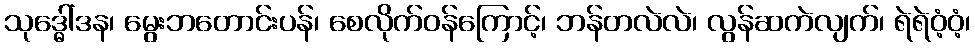
သုဒ္ဓေါ်ဒန၊ မွေးဘတောင်းပန်၊ စေလိုက်ဝန်ကြောင့်၊ ဘန်တလဲလဲ၊ လွန်ဆကဲလျက်၊ ရဲရဲဝံ့ဝံ့၊